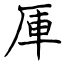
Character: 厙